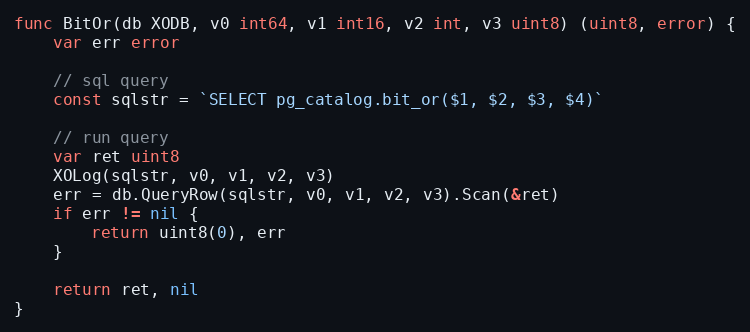
Language: Go
func BitOr(db XODB, v0 int64, v1 int16, v2 int, v3 uint8) (uint8, error) {
	var err error

	// sql query
	const sqlstr = `SELECT pg_catalog.bit_or($1, $2, $3, $4)`

	// run query
	var ret uint8
	XOLog(sqlstr, v0, v1, v2, v3)
	err = db.QueryRow(sqlstr, v0, v1, v2, v3).Scan(&ret)
	if err != nil {
		return uint8(0), err
	}

	return ret, nil
}